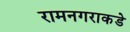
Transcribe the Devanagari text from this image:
रामनगराकडे